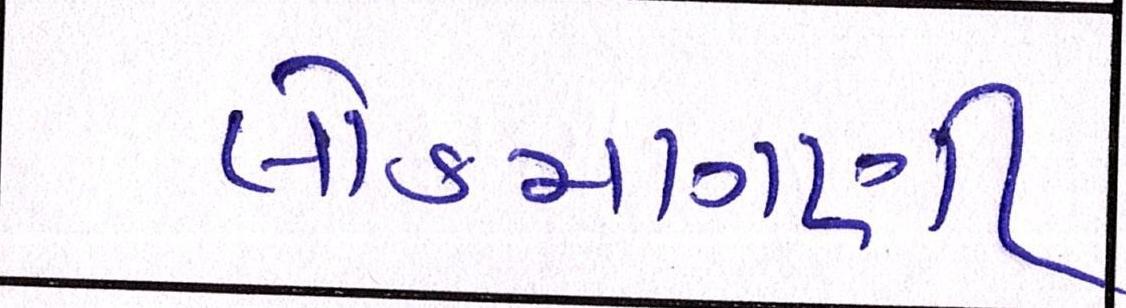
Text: લોકમાગણી